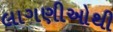
લાગણીઓથી